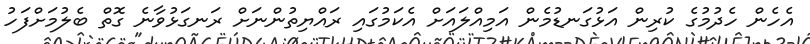
އެހެން ހެދުމުގެ ކުރިން އަޅުގަނޑުމެން އަމިއްލައަށް އެކަމުގައި ރައްޔިތުންނަށް ރަނގަޅުވާނެ ގޮތް ބެލުމަށްފަހު